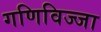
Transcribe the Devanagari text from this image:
गणिविज्जा